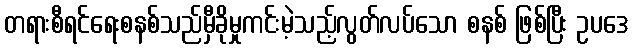
တရားစီရင်ရေးစနစ်သည်မှီခိုမှုကင်းမဲ့သည့်လွတ်လပ်သော စနစ် ဖြစ်ပြီး ဥပဒေ